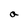
Character: a